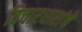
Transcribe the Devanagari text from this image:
विचारधारांचे